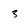
Character: 3